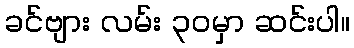
ခင်ဗျား လမ်း ၃၀မှာ ဆင်းပါ။